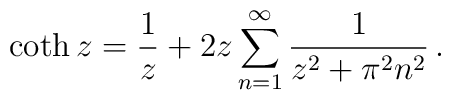
\coth z=\frac{1}{z}+ 2z \sum_{n=1}^\infty \frac{1}{z^2+\pi^2n^2}\,{.}